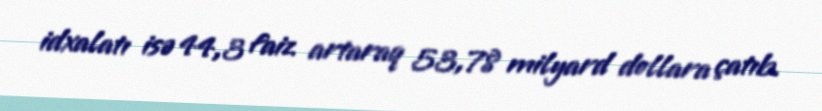
idxalatı isə 44,3 faiz artaraq 53,78 milyard dollara çatıb.